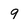
Character: 9